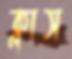
ক্লাস